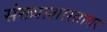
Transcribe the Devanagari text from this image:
संख्याशास्त्रावर